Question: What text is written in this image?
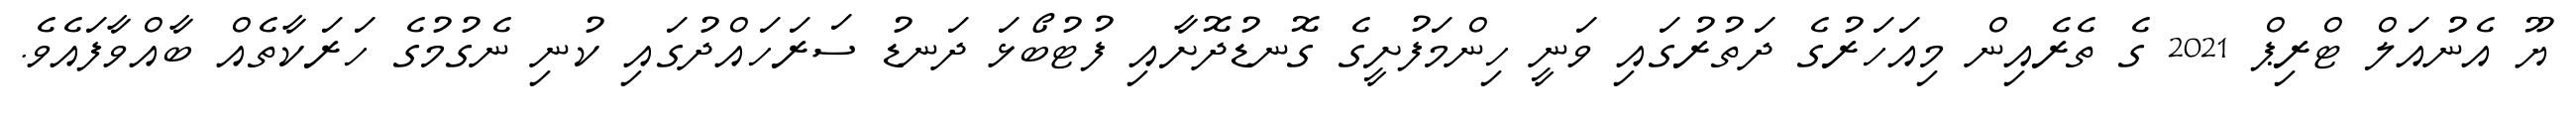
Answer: ޔޫ އެނުއަލް ޓްރިޕް 2021 ގެ ތެރެއިން މިއަހަރުގެ ދަތުރުގައި ވަނީ ހިންމަފުށީގެ ގޮނޑުދޮށާއި ފުޓުބޯޅަ ދަނޑު ސަރަހައްދުގައި ކުނި ނެގުމުގެ ހަރަކާތެއް ބާއްވާފައެވެ.